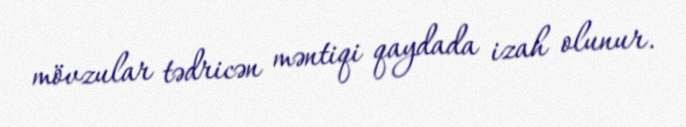
mövzular tədricən məntiqi qaydada izah olunur.